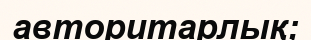
авторитарлық;